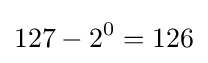
127-2^{0}=126